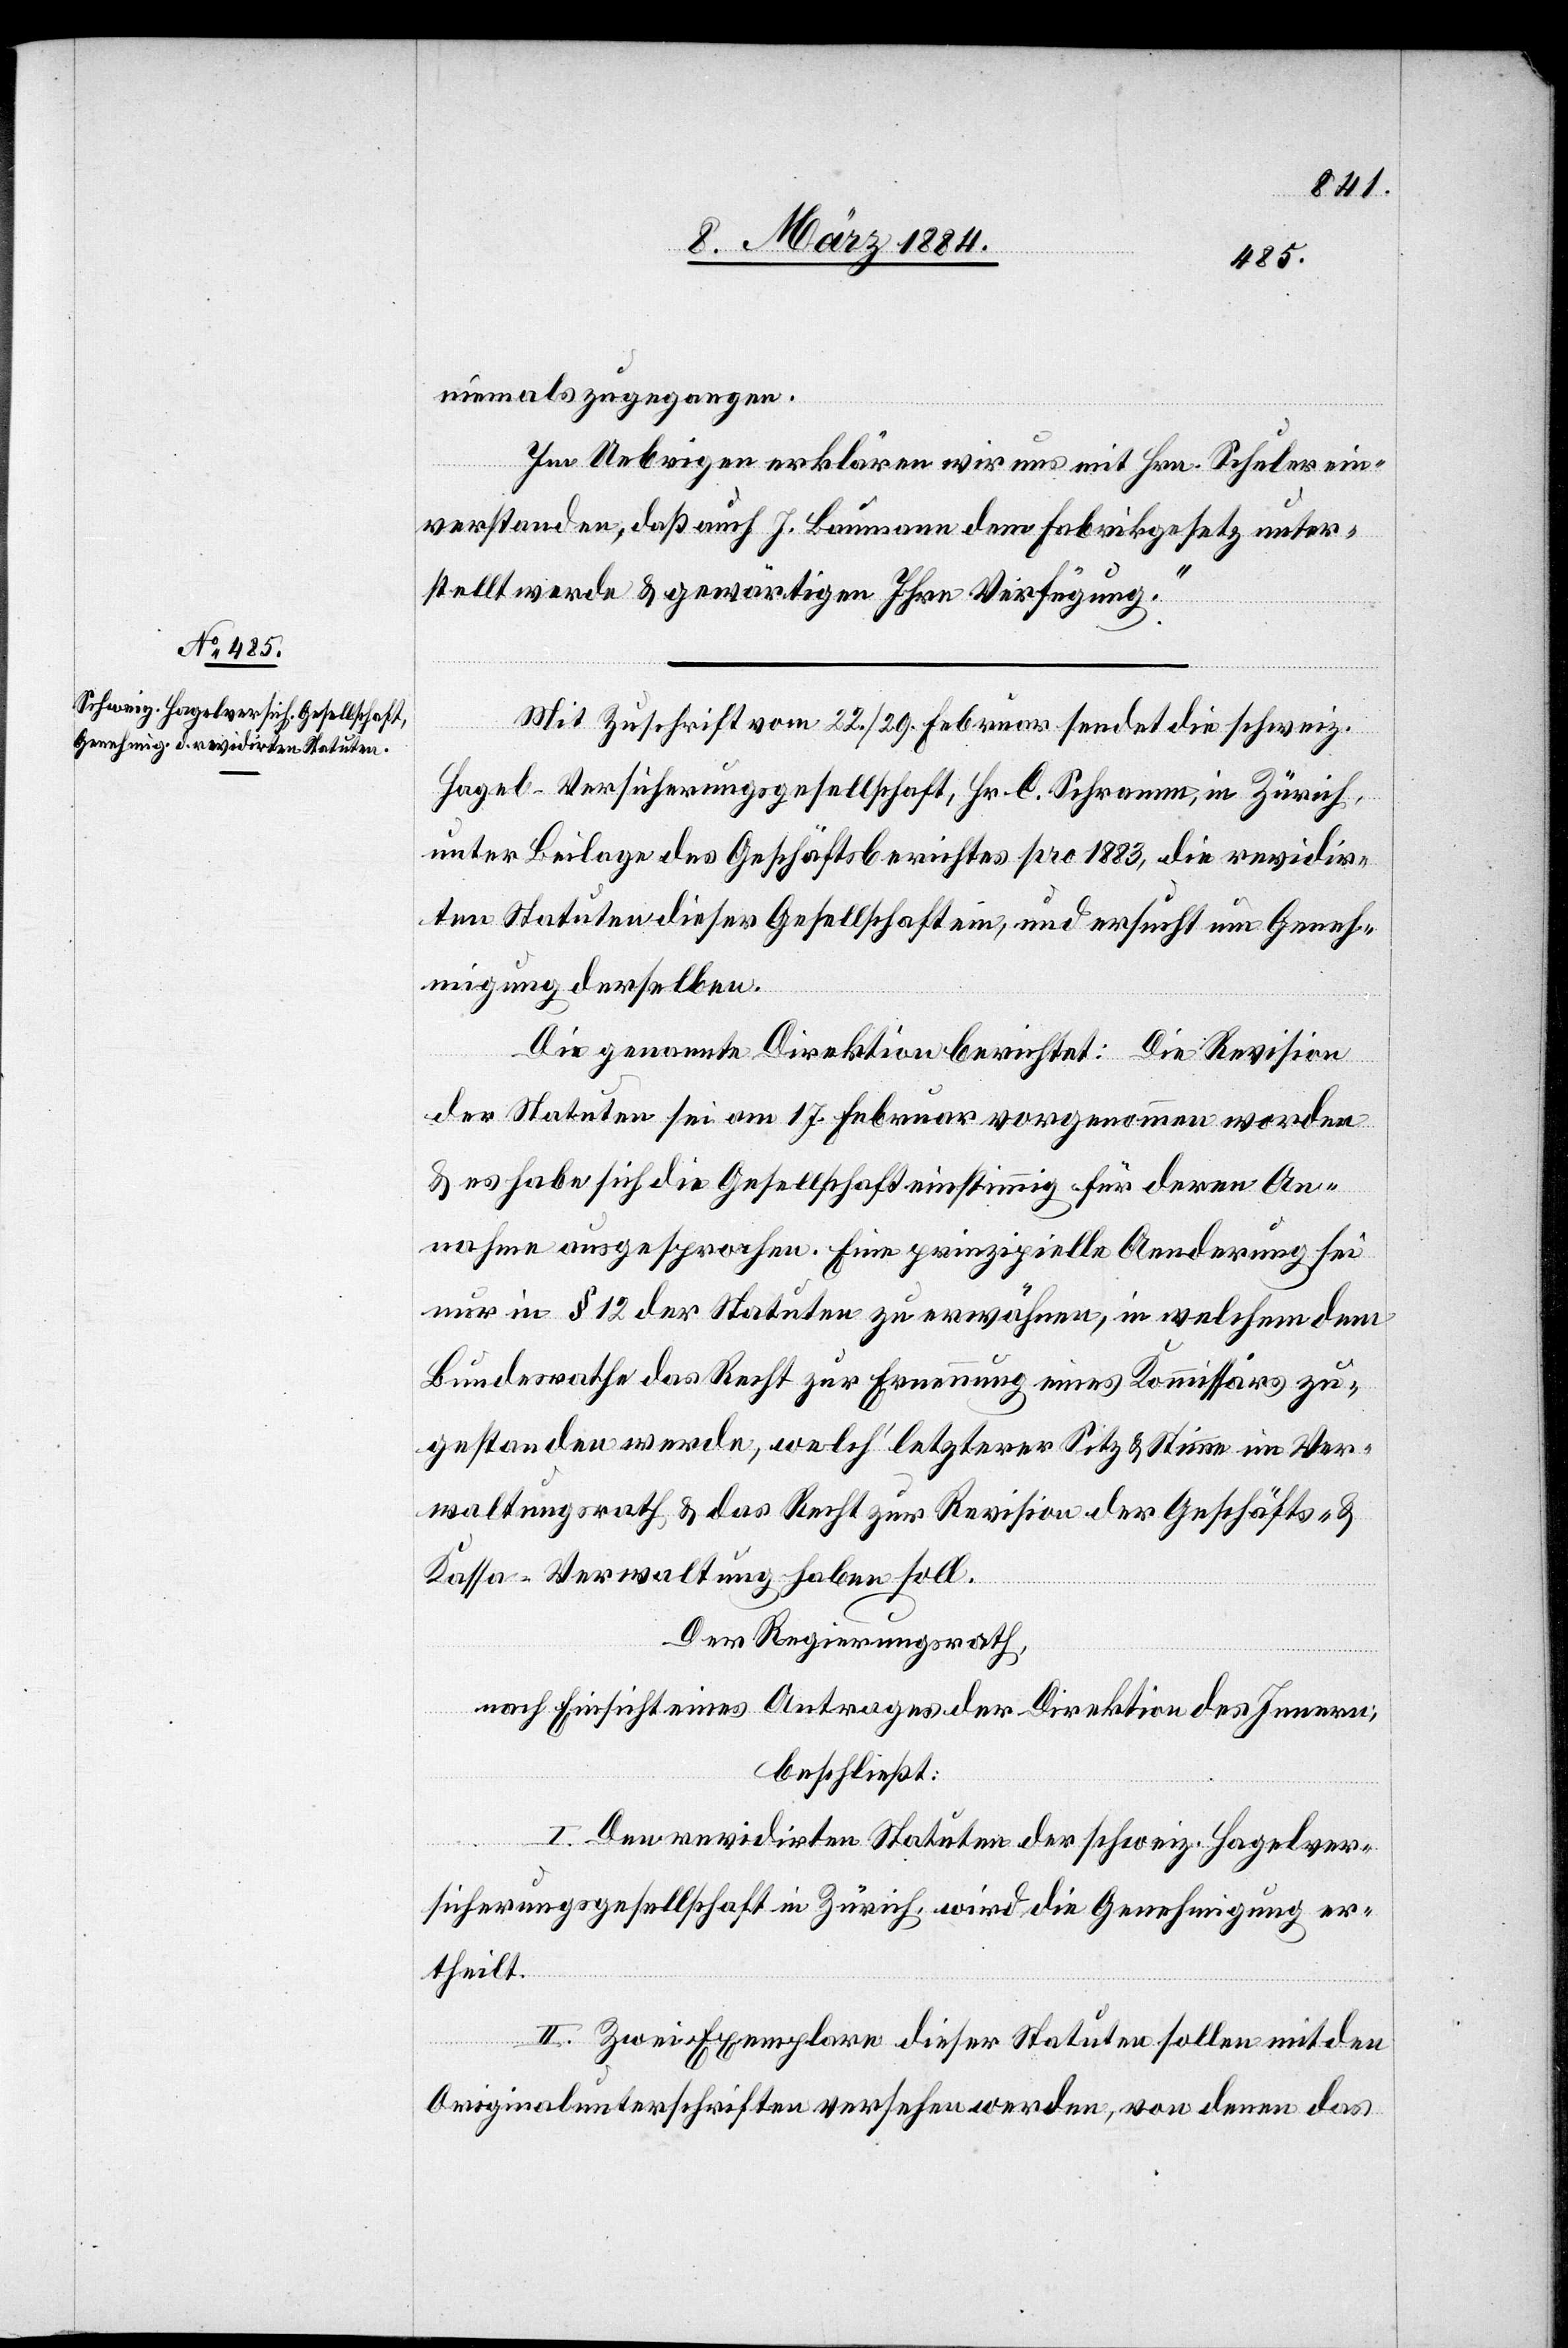
niemals zugegangen.
Im Uebrigen erklären wir uns mit Hrn. Schuler ein¬
verstanden, daß auch J. Baumann dem Fabrikgesetz unter¬
stellt werde & gewärtigen Ihre Verfügung.“
Mit Zuschrift vom 22./29. Februar sendet die schweiz.
Hagel-Versicherungsgesellschaft, Hr. C. Schramm, in Zürich,
unter Beilage des Geschäftsberichtes pro 1993, die revidir¬
ten Statuten dieser Gesellschaft ein, und ersucht um Geneh¬
migung derselben.
Die genannte Direktion berichtet: Die Revision
der Statuten sei am 17. Februar vorgenommen worden
& es habe sich die Gesellschaft einstimmig für deren An¬
nahme ausgesprochen. Eine prinzipielle Aenderung sei
nur in § 12 der Statuten zu erwähnen, in welchem dem
Bundesrathe das Recht zur Erneuerung eines Kommissärs zu¬
gestanden werde, welch’ letzterer Sitz & Stimme im Ver¬
waltungsrath & das Recht zur Revision der Geschäfts- &
Kasse-Verwaltung haben soll.
Der Regierungsrath,
nach Einsicht eines Antrages der Direktion des Innern,
beschließt:
I. Den revidirten Statuten der schweiz. Hagelver¬
sicherungsgesellschaft in Zürich, wird die Genehmigung er¬
theilt.
II. Zwei Exemplare dieser Statuten sollen mit den
Originalunterschriften versehen werden, von denen das